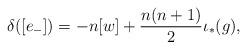
LaTeX: \begin{align*}\delta([e_-])=-n[w]+\frac{n(n+1)}{2}\iota_*(g),\end{align*}